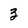
Character: 3